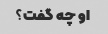
او چه گفت؟